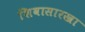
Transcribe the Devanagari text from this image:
शिवासारखा